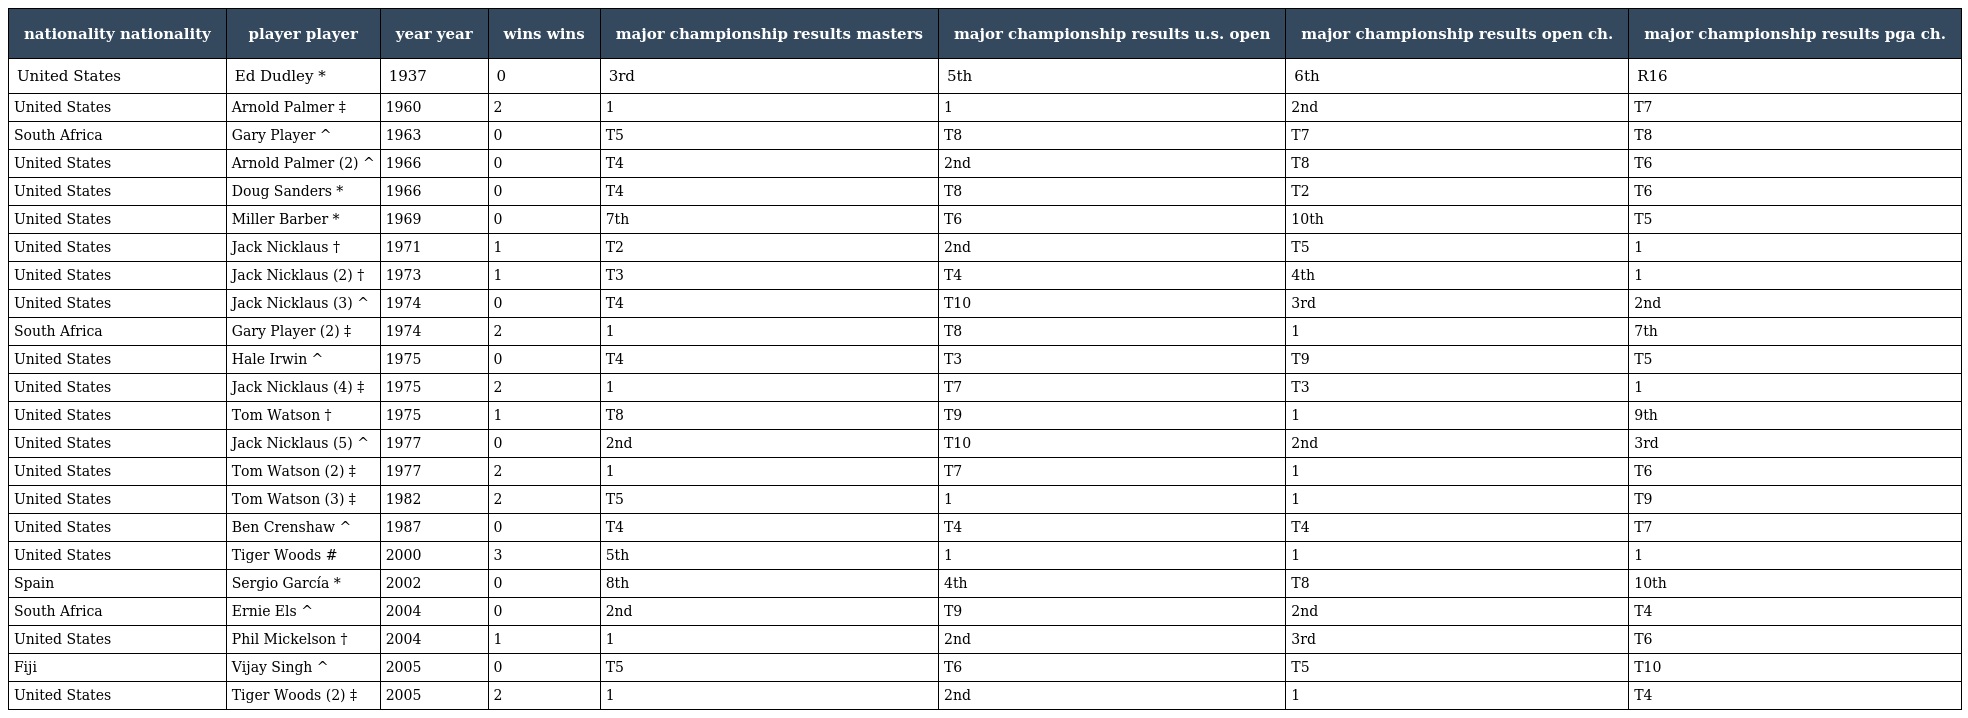
| nationality nationality | player player | year year | wins wins | major championship results masters | major championship results u.s. open | major championship results open ch. | major championship results pga ch. |
 | --- | --- | --- | --- | --- | --- | --- | --- |
 | United States | Ed Dudley * | 1937 | 0 | 3rd | 5th | 6th | R16 |
 | United States | Arnold Palmer ‡ | 1960 | 2 | 1 | 1 | 2nd | T7 |
 | South Africa | Gary Player ^ | 1963 | 0 | T5 | T8 | T7 | T8 |
 | United States | Arnold Palmer (2) ^ | 1966 | 0 | T4 | 2nd | T8 | T6 |
 | United States | Doug Sanders * | 1966 | 0 | T4 | T8 | T2 | T6 |
 | United States | Miller Barber * | 1969 | 0 | 7th | T6 | 10th | T5 |
 | United States | Jack Nicklaus † | 1971 | 1 | T2 | 2nd | T5 | 1 |
 | United States | Jack Nicklaus (2) † | 1973 | 1 | T3 | T4 | 4th | 1 |
 | United States | Jack Nicklaus (3) ^ | 1974 | 0 | T4 | T10 | 3rd | 2nd |
 | South Africa | Gary Player (2) ‡ | 1974 | 2 | 1 | T8 | 1 | 7th |
 | United States | Hale Irwin ^ | 1975 | 0 | T4 | T3 | T9 | T5 |
 | United States | Jack Nicklaus (4) ‡ | 1975 | 2 | 1 | T7 | T3 | 1 |
 | United States | Tom Watson † | 1975 | 1 | T8 | T9 | 1 | 9th |
 | United States | Jack Nicklaus (5) ^ | 1977 | 0 | 2nd | T10 | 2nd | 3rd |
 | United States | Tom Watson (2) ‡ | 1977 | 2 | 1 | T7 | 1 | T6 |
 | United States | Tom Watson (3) ‡ | 1982 | 2 | T5 | 1 | 1 | T9 |
 | United States | Ben Crenshaw ^ | 1987 | 0 | T4 | T4 | T4 | T7 |
 | United States | Tiger Woods # | 2000 | 3 | 5th | 1 | 1 | 1 |
 | Spain | Sergio García * | 2002 | 0 | 8th | 4th | T8 | 10th |
 | South Africa | Ernie Els ^ | 2004 | 0 | 2nd | T9 | 2nd | T4 |
 | United States | Phil Mickelson † | 2004 | 1 | 1 | 2nd | 3rd | T6 |
 | Fiji | Vijay Singh ^ | 2005 | 0 | T5 | T6 | T5 | T10 |
 | United States | Tiger Woods (2) ‡ | 2005 | 2 | 1 | 2nd | 1 | T4 |